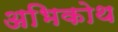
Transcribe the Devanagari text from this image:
अभिकोथ